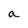
Character: a